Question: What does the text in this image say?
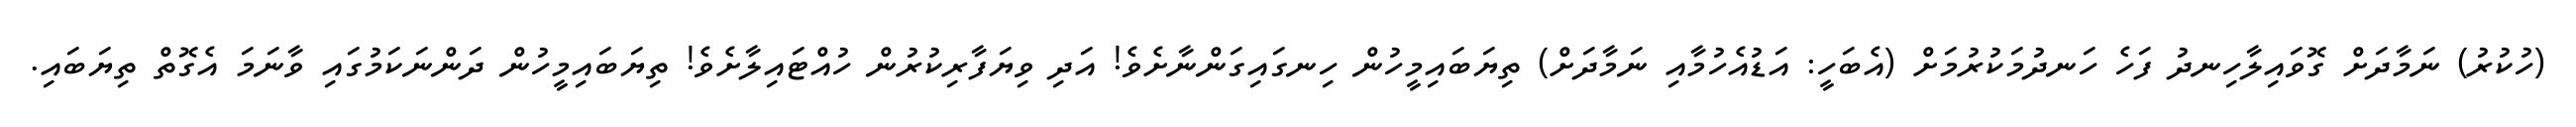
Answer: (ހުކުރު) ނަމާދަށް ގޮވައިލާހިނދު ފަހެ ހަނދުމަކުރުމަށް (އެބަހީ: އަޑުއެހުމާއި ނަމާދަށް) ތިޔަބައިމީހުން ހިނގައިގަންނާށެވެ! އަދި ވިޔަފާރިކުރުން ހުއްޓައިލާށެވެ! ތިޔަބައިމީހުން ދަންނަކަމުގައި ވާނަމަ އެގޮތް ތިޔަބައި.